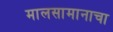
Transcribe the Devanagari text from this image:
मालसामानाचा